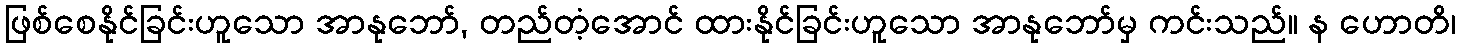
ဖြစ်စေနိုင်ခြင်းဟူသော အာနုဘော်, တည်တံ့အောင် ထားနိုင်ခြင်းဟူသော အာနုဘော်မှ ကင်းသည်။ န ဟောတိ၊